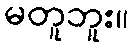
မတူဘူး။